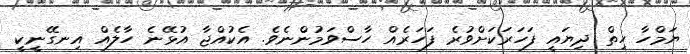
ޔަމްހާ ހިތް ދިޔައީ ފަހަރަކަށްވުރެ ފަހަރެއް ހާސްވަމުންނެވެ. އެކުއްޖާ އުޅޭނެ ހާލެއް އިނގޭނީކީ